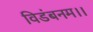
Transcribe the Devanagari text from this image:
विडंबनम।।